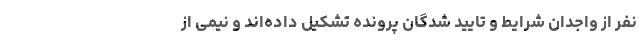
نفر از واجدان شرایط و تایید شدگان پرونده تشکیل داده‌اند و نیمی از